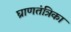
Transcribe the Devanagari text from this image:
घ्राणतंत्रिका